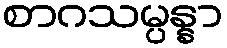
စာဂသမ္ပန္နာ